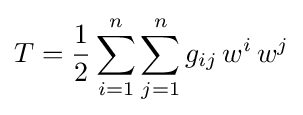
T={\frac {1}{2}}\sum _{i=1}^{n}\sum _{j=1}^{n}g_{ij}\,w^{i}\,w^{j}